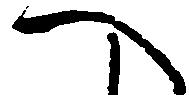
へ